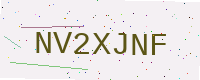
Text: NV2XJNF